Annual report on the working of the lock hospitals in the North-Western Provinces and Oudh
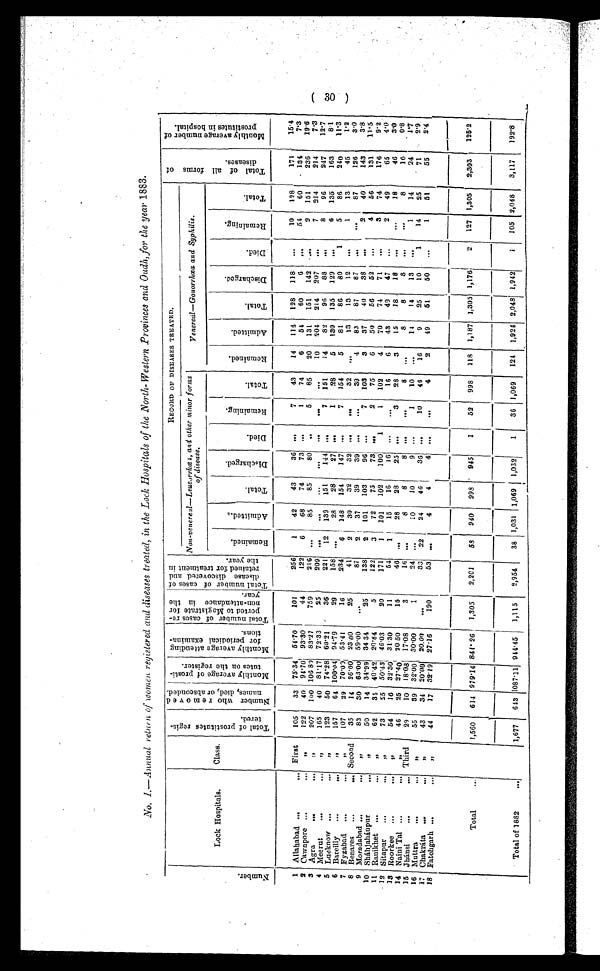
N u m b e r
Lock Hospitals.
Class.
T o t a l o f p r o s t i t u t e s r e g i s - t e r e d .
N u m b e r w h o r e m o v e d n a m e s , d i e d , o r a b s c o n d e d .
M o n t h l y a v e r a g e o f p r o s t i t u t e s o n t h e r e g i s t e r . M o n t h l y a v e r a g e a t t e n d i n g f o r p e r i o d i c a l e x a m i n a - t i o n s .
T o t a l n u m b e r o f c a s e s r e - p o r t e d t o M a g i s t r a t e f o r n o n - a t t e n d a n c e i n t h e y e a r .
T o t a l n u m b e r o f c a s e s o f d i s e a s e d i s c o v e r e d a n d r e t a i n e d f o r t r e a t m e n t i n t h e y e a r .
RECORD OF DISEASES TREATED .
T o t a l o f a l l f o r m s o f d i s e a s e s
.
M o n t h l y a v e r a g e n u m b e r o f p r o s t i t u t e s i n h o s p i t a l .
Non-venereal—Leucorrhœa, and other minor forms
of disease
Venereal--Gonorrhoea and Syphilis .
R e m a i n e d .
A d m i t t e d .
T o t a l .
D i s c h a r g e d .
Died.
R e m a i n i n g .
T o t a l .
R e m a i n t e d .
A d m i t t e d .
T o t a l .
D i s c h a r g e d .
D i e d .
R e m a i n i n g .
T o t a l .
1 Allahabad
First
105
33 75.34 54.70
101
256
1
42
43
36
. . .
7
43
14
114
1 2 8
1 1 8 ...
1 0
1 2 8
1 7 1
1 5 . 4
2 Cawnpore
„ 122
40 94.70 93.30
44
122
6
68
74
73 ...
1
74
6
5 4
6 0
6 ...
5 4
6 0
1 3 4
7 . 3
3 Agra
„ 207
100 10680 83.27
759
2 1 6
. . .
8 5
8 5
8 0 . . .
5
8 5
20
1 3 1
1 5 1
1 4 2 ...
9
1 5 1
236
1 9 . 6
4 Meerut
„ 165
40 81.17 72.33
25
2 0 9
. . .
...
...
. . .
. . .
. . .
. . .
1 0
2 0 4
2 1 4
2 0 7 ...
7
2 1 4
214
7 . 3
5 Lucknow
„ 123
50 74.28
6 0 . 2 1
3 6
2 2 1 1 2
1 3 9
1 5 1
1 4 4
. . .
7
1 5 1
1 4
8 2
9 6
8 8 ...
8
9 6
2 4 7
1 2 . 7
6 Bareilly
„
1 5 7
6 4
1 0 0 . 0 4
9 4 . 7 9
2 9
1 5 8
. . .
2 8
2 8 27
. . .
1
2 8
5
1 3 0
1 3 5
1 2 9
. . .
6
1 3 5
1 6 3
8 . 1
7 Fyzabad
„
107
29 70.09 53.41
16
2 3 4
6
1 4 8
1 5 4
1 4 7 ...
7
1 5 4
5
8 1
8 6
8 0
1
5
8 6
2 4 0
1 1 . 3
8 Benares
Second
35
14 26.00 23.00
25
41
2
30
32
32 ...
...
3 2
...
1 3
1 3
1 2 . . .
1
1 3
4 5
1 . 2
9 Moradabad
„
83
30 63.00 59.00
...
8 7
2
3 7
3 9
3 9 ...
. . .
3 9
4
8 3
8 7
8 7 ,..
. . .
8 7
1 2 6
3.0
10 Sháhjahánpur
„
50
14 34.99 34 34
25
138
2
101
103
96
. . .
7
1 0 3
3
3 7
4 0
3 8
. . .
2
4 0
1 4 3
3 . 8
11 Ranikhet
„
62
34 40.42 20.84
5
122
3
72
75
73
. . .
2
75
6
50
5 6
5 2
...
4
5 6
1 3 1
1 1 . 5
1 2 Sitapur
„
73
25 50.43 46.03
20
171
1
101
1 0 2
1 0 0
1
1
1 0 2
4
7 0
7 4
7 1 ...
3
7 4
1 7 6
9 . 2
13 Roorkee
„
54
16 32.30
3 1 . 3 0
11
5 4
1
1 5
1 6
1 6
. . .
. . .
1 6
6
4 3
4 9
4 7 ...
2
4 9
6 5
4 . 0
14 Naini Tal
„
46
25 27.40
2 0 . 5 0
1 5
4 6 ..,
2 8
2 8 2 5
. . .
3
2 8
3
1 5
1 8
1 8
...
...
1 8
46
3 . 0
15 Jhánsi
Third
29
10 18.08 17.08
3
16
. . .
8
8
8 ...
. . .
8
. . .
8
8
8 ...
. . .
8
1 6
0 . 8
16 Muttra.
„ 55
39 32.00 30.00
1
2 4 ...
10
10
9 ...
1
1 0
...
1 4
1 4
1 3
. . .
1
1 4
2 4
1 . 7
17 Chakráta
„ 43
34 20.00 20.00
...
33
2 2
2 4
46
3 6
. . .
1 0
4 6
1 6
9
2 5
1 0 1
1 4
2 5
7 1
2.9
18 Fatehgarh
„
44
17 32.19 27.16
190
5 3
. . .
4
4
4
...
. . .
4
2
4 9
5 1
5 0
. . .
1
5 1
5 5
2 . 4
Total
1,560 614 979.14 841.26 1,305
2,201
58 940 998
945
1
52
998
118 1,187 1,305 1,176
2
127 1,305
2,303
125.2
Total of 1882.
1,677
643
1 0 8 7 . 1 1
944.45
1,115
2,954
38
1 , 0 3 1 1,069 1,032
1
36 1,069
124 1,924 2,048 1,942
1
105 2,048
3,117
192.8
3 0